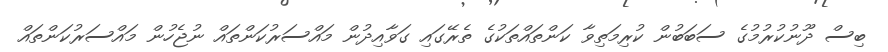
ބިސް ދޫނުކުރުމުގެ ސަބަބުން ކުރިމަތިވާ ކަންތައްތަކުގެ ތެރޭގައި ގަވާއިދުން މައްސަރުކަންތައް ނުޖެހުން މައްސަރުކަންތައް